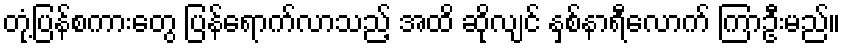
တုံ့ပြန်စကားတွေ ပြန်ရောက်လာသည့် အထိ ဆိုလျင် နှစ်နာရီလောက် ကြာဦးမည်။